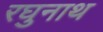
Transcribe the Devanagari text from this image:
रघुनाथ